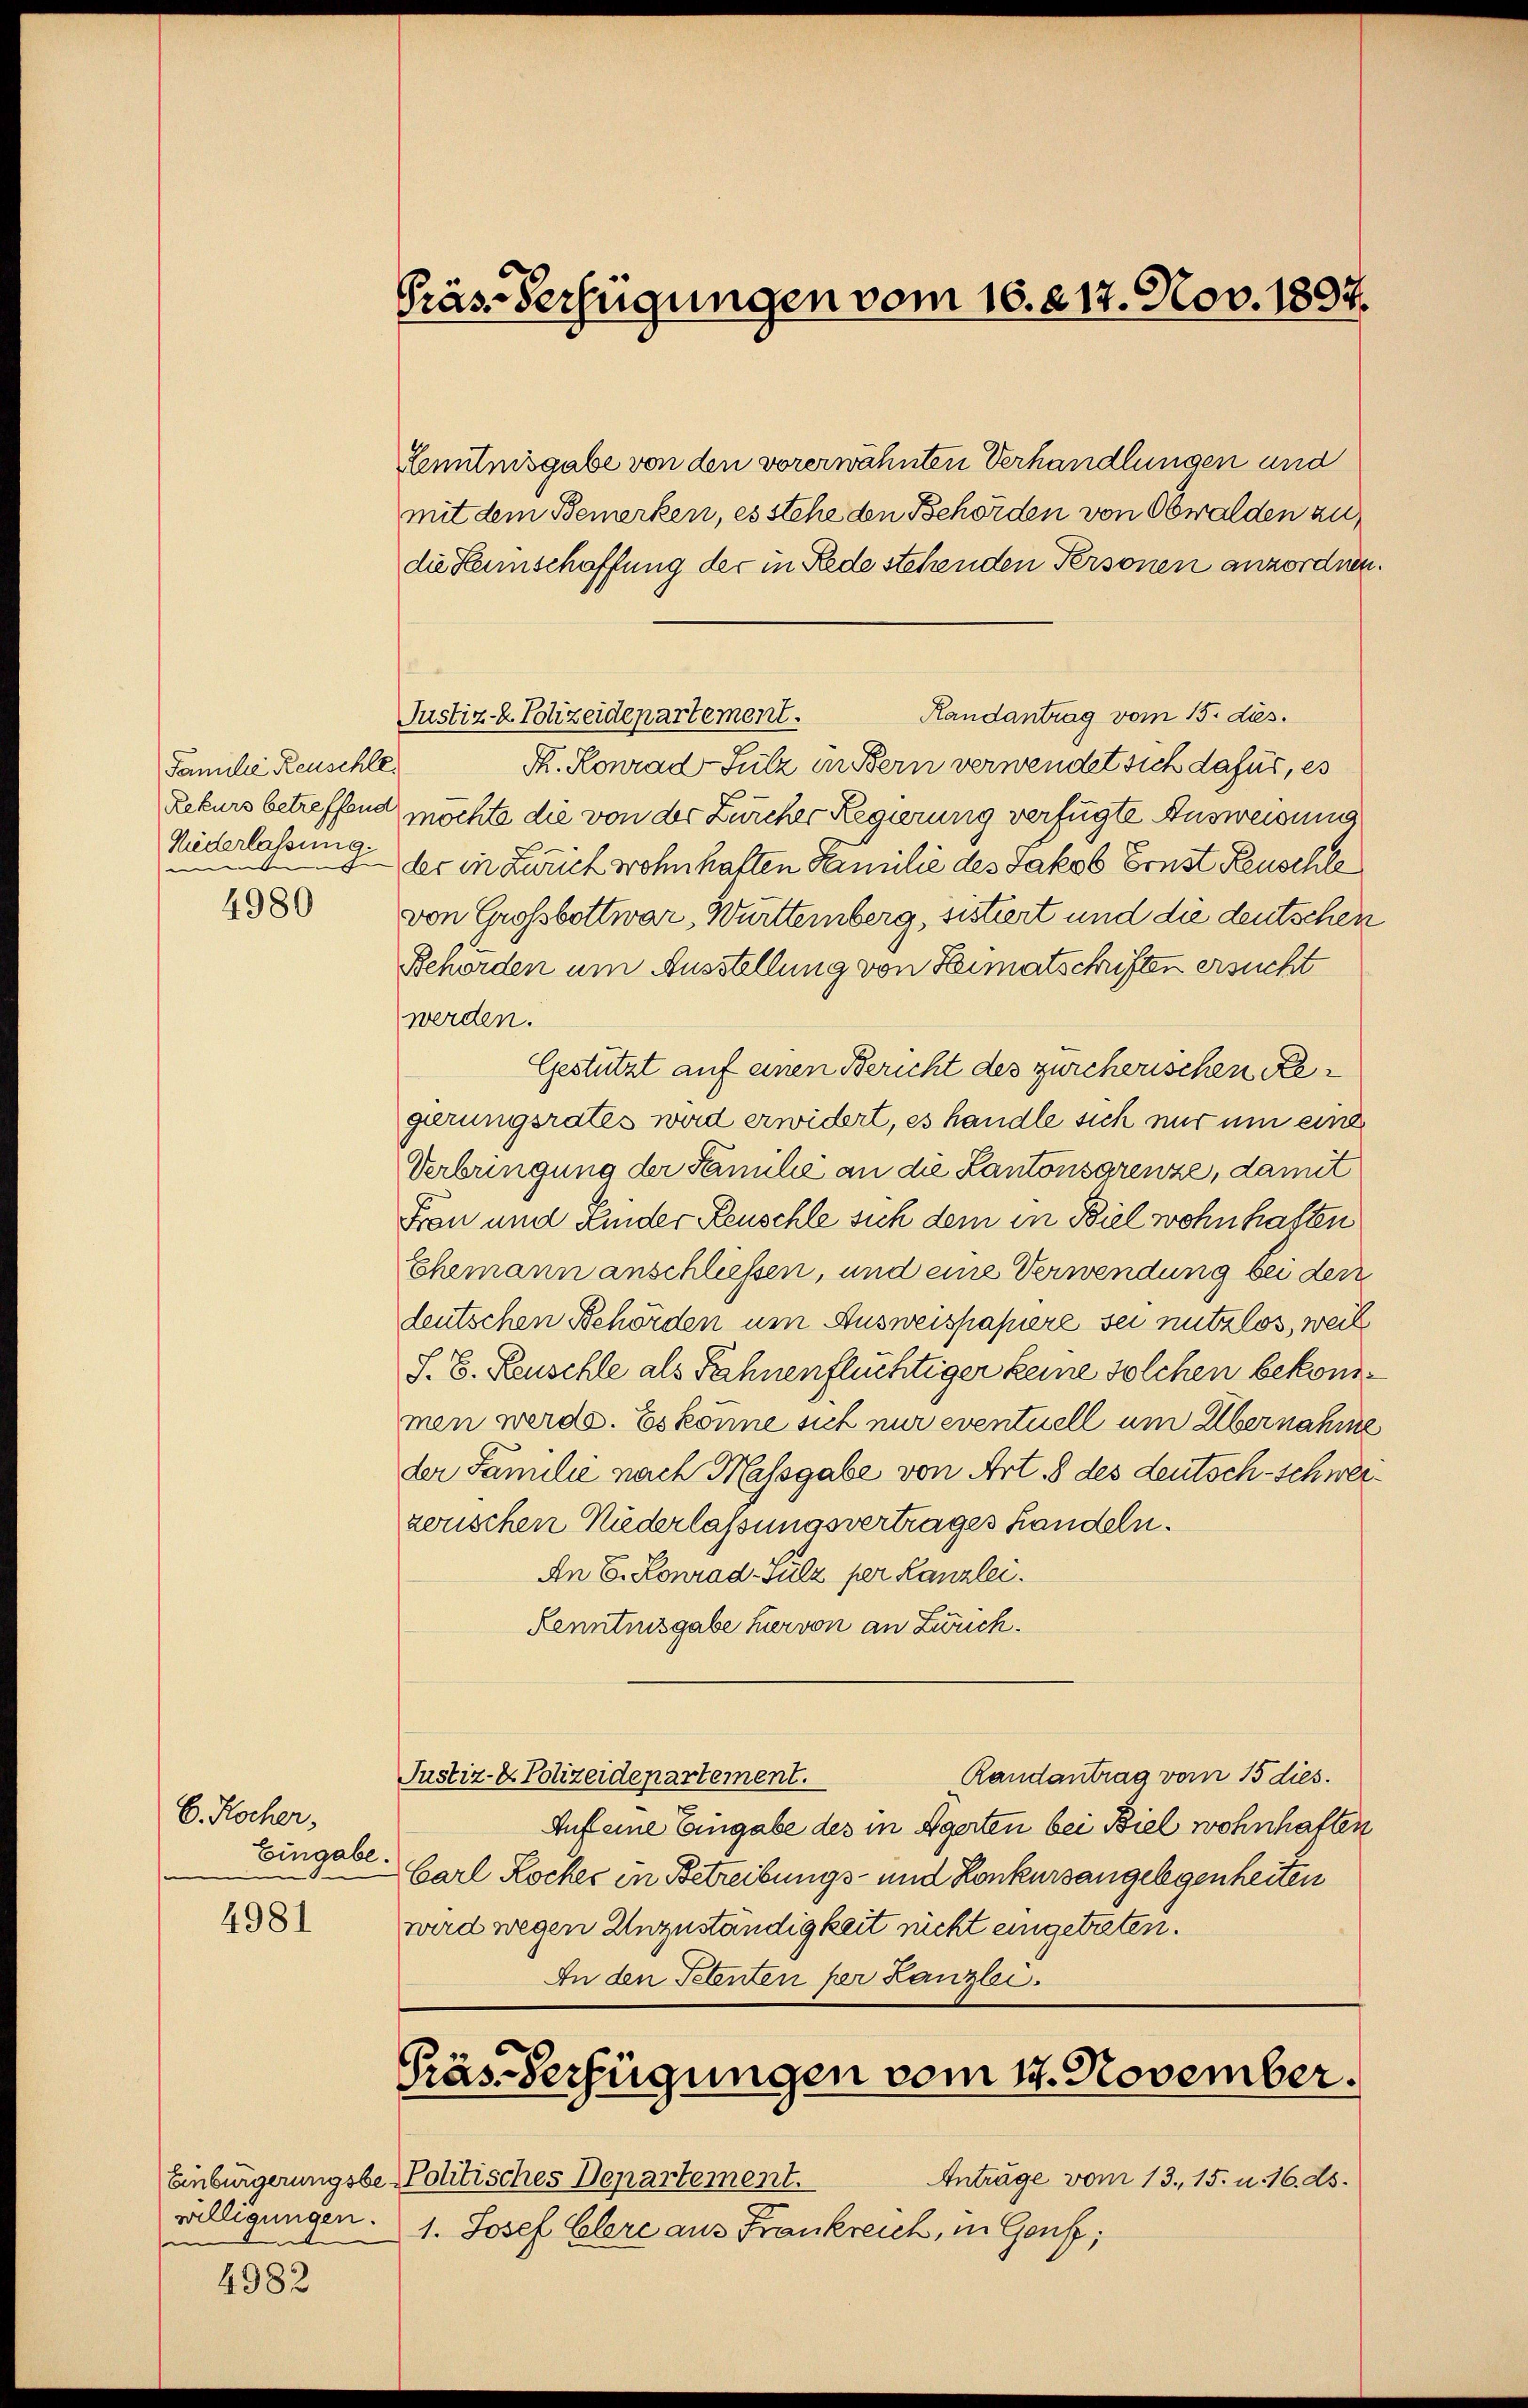
Familie Reuschle
Niederlassung,
n
men
4980

C. Kocher,
Eingabe.
4981

willigungen.
t
e

4982

Lenntnisgabe von den vorerwähnten Verhandlungen und
mit dem Bemerken, es stehe den Behörden von Obwalden zu
die Hannschaffung der in Rede stehenden Personen anzordnen.
Randantrag vom 15. ds.
Justiz- & Polizeidepartement.
S. Konrad Sulz in Bern verwendet sich dafür, es
Rekurs betreffend möchte die von der Zürcher Regierung verfügte Ausweisung
der in Zürich wohnhaften Familie des Jakob Ernst Reuschle
von Grossbottwar, Wurttemberg, sistiert und die deutschen
Behörden um Ausstellung von Heimatschriften ersucht
werden.
Gestützt auf einen Bericht des zürcherischen Regerungsrates wird erwidert, es handle sich nur um eine
Verbringung der Familie an die Kantonsgrenze, damit
Frau und Kinder Keuschle sich dem in Biel wohnhaften
Ehemann anschliessen, und eine Verwendung bei der
deutschen Behörden um Ausweispapiere sei nutzlos, weil
S. B. Keuschle als Fahnenflüchtiger keine solchen bekommen werde. Es könne sich nur eventuell um Übernahme
der Familie nach Massgabe von Art. 8 des deutsch-schwerzorschen Niederlassungsvertrages handeln.
An E. Konrad Sulz per Kanzlei.
Kenntnisgabe hervon an Zweck.
Randantrag vom 15 dies
Justiz- & Polizeidepartement.
Auf eine Eingabe des in Egerten bei Biel wohnhaften
Carl Kocher in Betreibungs- und Konkursangelegenheiten
wird wegen Unzuständigkeit rückt eingetreten.
An den Petenten per Kanzlei.

Präs-Verfügungen vom 16. 217. Nov. 1894.

Präs-Verfügungen vom 14. November.

Anträge vom 13. 15. u. 16. ds.
Einbürgerungsbe-Politisches Departement.
1. Josef Elere aus Frankreich, in Genf,